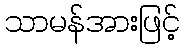
သာမန်အားဖြင့်